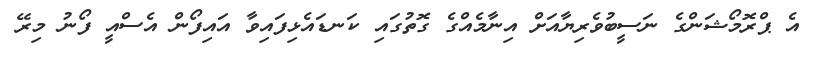
އެ ޕްރޮމޯޝަންގެ ނަސީބުވެރިޔާއަށް އިނާމެއްގެ ގޮތުގައި ކަނޑައެޅިފައިވާ އައިފޯން އެސްއީ ފޯނު މިރޭ